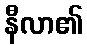
နီလာ၏